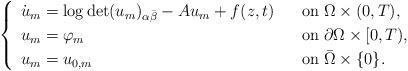
LaTeX: \begin{align*} \begin{cases} \begin{array}{ll} \dot{u}_m=\log\det (u_m)_{\alpha\bar{\beta}}-Au_m+f(z,t)\;\;\;&\mbox{on}\;\Omega\times (0,T),\\ u_m=\varphi_m&\mbox{on}\;\partial\Omega\times [0,T),\\ u_m=u_{0,m}&\mbox{on}\;\bar{\Omega}\times\{ 0\}.\\ \end{array} \end{cases} \end{align*}